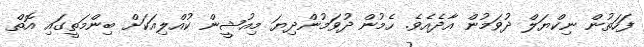
ފަހަތުން ނިކްޔަލް ދުވަމުން އާދެއެވެ. ހެމުން ދުވަމުންދިޔަ މިއުޝީން ކުއްލިއަކަށް ބިންމަތީގައި އޮތް